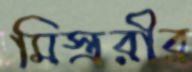
মিস্ত্ররীর